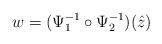
LaTeX: \begin{align*}w=(\Psi_1^{-1}\circ\Psi_2^{-1})(\hat z)\end{align*}